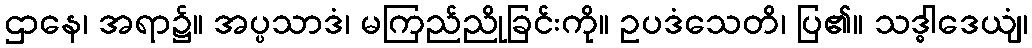
ဌာနေ၊ အရာ၌။ အပ္ပသာဒံ၊ မကြည်ညိုခြင်းကို။ ဥပဒံသေတိ၊ ပြ၏။ သဒ္ဓါဒေယျံ၊